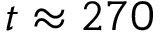
t \approx 2 7 0